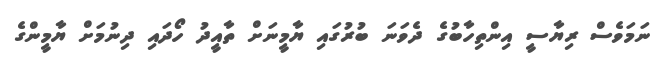
ނަމަވެސް ރިޔާސީ އިންތިހާބުގެ ދެވަނަ ބުރުގައި ޔާމީނަށް ތާއީދު ހޯދައި ދިނުމަށް ޔާމީންގެ